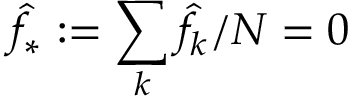
\hat { f } _ { * } : = \sum _ { k } \hat { f } _ { k } / N = 0